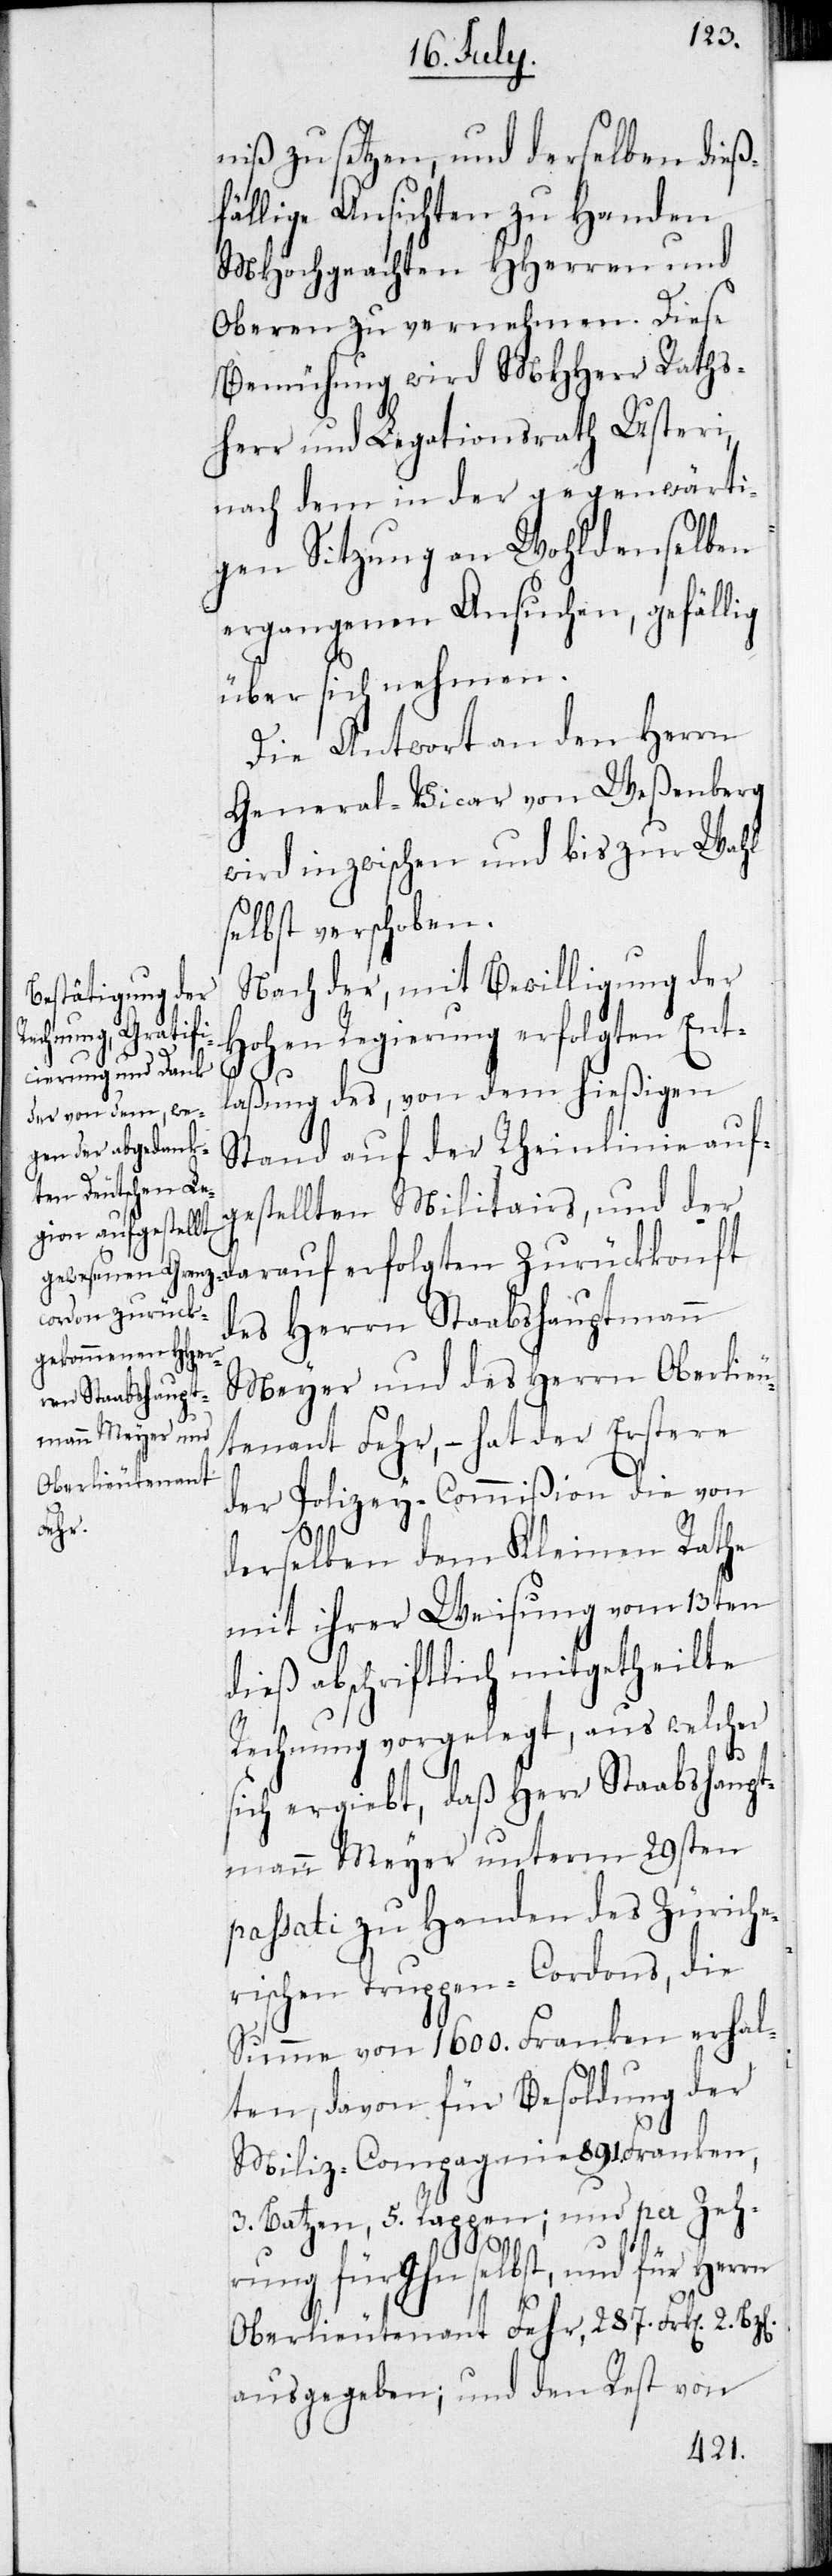
niß zu setzen, und derselben dieß¬
fällige Ansichten zu Handen
MHochgeachten HHerren und
Oberen zu vernehmen. Diese
Bemühung wird MHHerr Raths¬
herr und Legationsrath Usteri,
nachdem in der gegenwärti¬
gen Sitzung an wohldenselben
ergangenen Ansuchen, gefällig
über sich nehmen.
Die Antwort an den Herrn
General-Vicar von Weßenberg
wird inzwischen und bis zur Wahl
selbst verschoben.
Nach der, mit Bewilligung der
Hohen Regierung erfolgten Ent¬
laßung des, von dem hießigen
Stand auf der Rheinlinie auf¬
gestellten Militairs, und d¬
er darauf erfolgten Zurückkonft
des Herrn Staabshauptmann
Meyer und des Herrn Oberlieu¬
tenant Fehr, – hat der Erstere
der Polizey-Commißion die von
derselben dem Kleinen Rathe
mit ihrer Weisung vom 13ten
dieß abschriftlich mitgetheilte
Rechnung vorgelegt, aus welcher
sich ergiebt, daß Herr Staabshaupt¬
mann Meyer unterm 29sten
passati zu Handen des Züriche¬
rischen Truppen-Cordons, die
Summe von 1600. Franken erhal¬
ten, davon für Besoldung der
Miliz-Compagnie 891. Franken
3. Batzen, 5. Rappen; und per Zeh¬
rung für Ihn selbst, und für Herrn
Oberlieutenant Fehr, 287. Frk[en] 2.
ausgegeben; und den Rest von